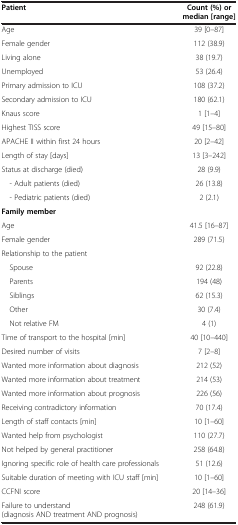
<table><thead><tr><td><b>Patient</b></td><td><b>Count (%) or median [range]</b></td></tr></thead><tbody><tr><td>Age</td><td>39 [0–87]</td></tr><tr><td>Female gender</td><td>112 (38.9)</td></tr><tr><td>Living alone</td><td>38 (19.7)</td></tr><tr><td>Unemployed</td><td>53 (26.4)</td></tr><tr><td>Primary admission to ICU</td><td>108 (37.2)</td></tr><tr><td>Secondary admission to ICU</td><td>180 (62.1)</td></tr><tr><td>Knaus score</td><td>1 [1–4]</td></tr><tr><td>Highest TISS score</td><td>49 [15–80]</td></tr><tr><td>APACHE II within first 24 hours</td><td>20 [2–42]</td></tr><tr><td>Length of stay [days]</td><td>13 [3–242]</td></tr><tr><td>Status at discharge (died)</td><td>28 (9.9)</td></tr><tr><td> - Adult patients (died)</td><td>26 (13.8)</td></tr><tr><td> - Pediatric patients (died)</td><td>2 (2.1)</td></tr><tr><td><b>Family member</b></td><td> </td></tr><tr><td>Age</td><td>41.5 [16–87]</td></tr><tr><td>Female gender</td><td>289 (71.5)</td></tr><tr><td>Relationship to the patient</td><td> </td></tr><tr><td> Spouse</td><td>92 (22.8)</td></tr><tr><td> Parents</td><td>194 (48)</td></tr><tr><td> Siblings</td><td>62 (15.3)</td></tr><tr><td> Other</td><td>30 (7.4)</td></tr><tr><td> Not relative FM</td><td>4 (1)</td></tr><tr><td>Time of transport to the hospital [min]</td><td>40 [10–440]</td></tr><tr><td>Desired number of visits</td><td>7 [2–8]</td></tr><tr><td>Wanted more information about diagnosis</td><td>212 (52)</td></tr><tr><td>Wanted more information about treatment</td><td>214 (53)</td></tr><tr><td>Wanted more information about prognosis</td><td>226 (56)</td></tr><tr><td>Receiving contradictory information</td><td>70 (17.4)</td></tr><tr><td>Length of staff contacts [min]</td><td>10 [1–60]</td></tr><tr><td>Wanted help from psychologist</td><td>110 (27.7)</td></tr><tr><td>Not helped by general practitioner</td><td>258 (64.8)</td></tr><tr><td>Ignoring specific role of health care professionals</td><td>51 (12.6)</td></tr><tr><td>Suitable duration of meeting with ICU staff [min]</td><td>10 [1–60]</td></tr><tr><td>CCFNI score</td><td>20 [14–36]</td></tr><tr><td>Failure to understand (diagnosis AND treatment AND prognosis)</td><td>248 (61.9)</td></tr></tbody></table>